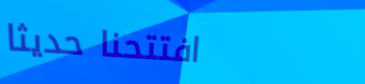
افتتحنا حديثاً